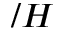
/ H